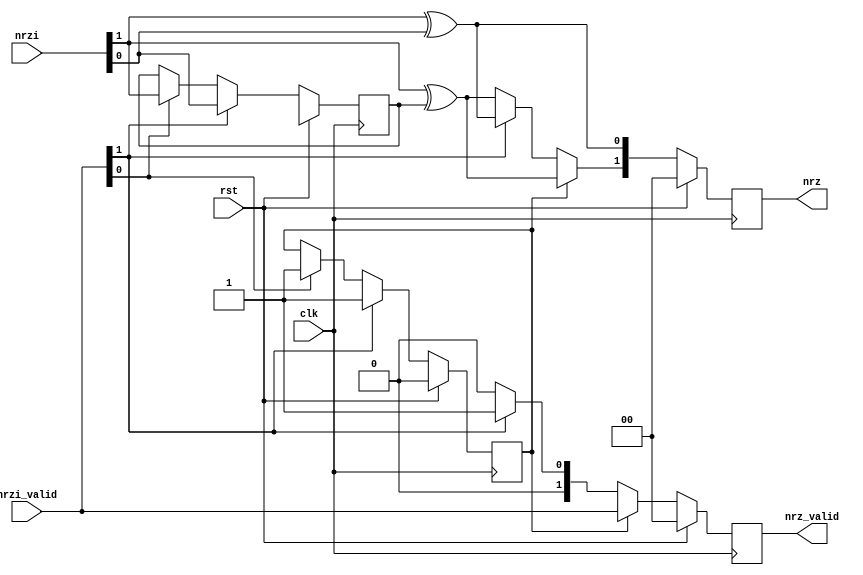
module nrzi_decode (
	input clk,
	input rst,
	input [1:0] nrzi,
	input [1:0] nrzi_valid,
	output reg [1:0] nrz,
	output reg [1:0] nrz_valid
);

	reg [1:0] nrz_next, nrz_valid_next;
	reg nrzi_last, nrzi_last_next, nrzi_last_valid, nrzi_last_valid_next;
	initial nrz_valid = 0;
	initial nrzi_last_valid = 0;

	always @(*) begin
		nrz_next[0] = nrzi[1] ^ nrzi[0];
		nrz_next[1] = nrzi[1] ^ nrzi_last;

		nrzi_last_next = nrzi_last;
		nrzi_last_valid_next = 1'b1;
		if (nrzi_valid[1])
			nrzi_last_next = nrzi[0];
		else if (nrzi_valid[0])
			nrzi_last_next = nrzi[1];
		else
			nrzi_last_valid_next = nrzi_last_valid;

		nrz_valid_next = nrzi_valid;
		if (!nrzi_last_valid) begin
			nrz_valid_next = 0;
			if (nrzi_valid[1]) begin
				nrz_valid_next = 2'b1;
				nrz_next[1] = nrz_next[0];
			end
		end
	end

	always @(posedge clk) begin
		if (rst) begin
			nrzi_last <= 1'bX;
			nrzi_last_valid <= 1'b0;
			nrz_valid <= 2'b0;
			nrz <= 2'b0;
		end else begin
			nrzi_last <= nrzi_last_next;
			nrzi_last_valid = nrzi_last_valid_next;
			nrz_valid <= nrz_valid_next;
			nrz <= nrz_next;
		end
	end

endmodule